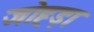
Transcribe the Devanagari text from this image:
जोह्ड़ा